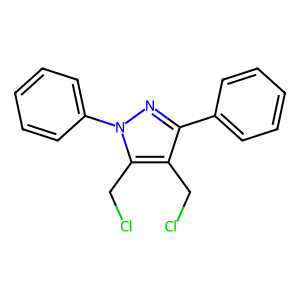
SMILES: ClCc1c(-c2ccccc2)nn(-c2ccccc2)c1CCl
Inhibits HIV replication: No